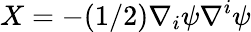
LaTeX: X=-(1/2)\nabla_{i}\psi\nabla^{i}\psi